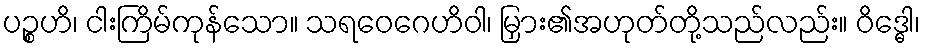
ပဉ္စဟိ၊ ငါးကြိမ်ကုန်သော။ သရဝေဂေဟိဝါ၊ မြှား၏အဟုတ်တို့သည်လည်း။ ဝိဒ္ဓေါ၊